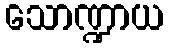
သောဏ္ဍာယ